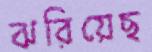
ঝরিয়েছ